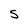
Character: 5